Indian journal of veterinary science and animal husbandry - Volumes 15-17, 1948-1951
Year: 1948
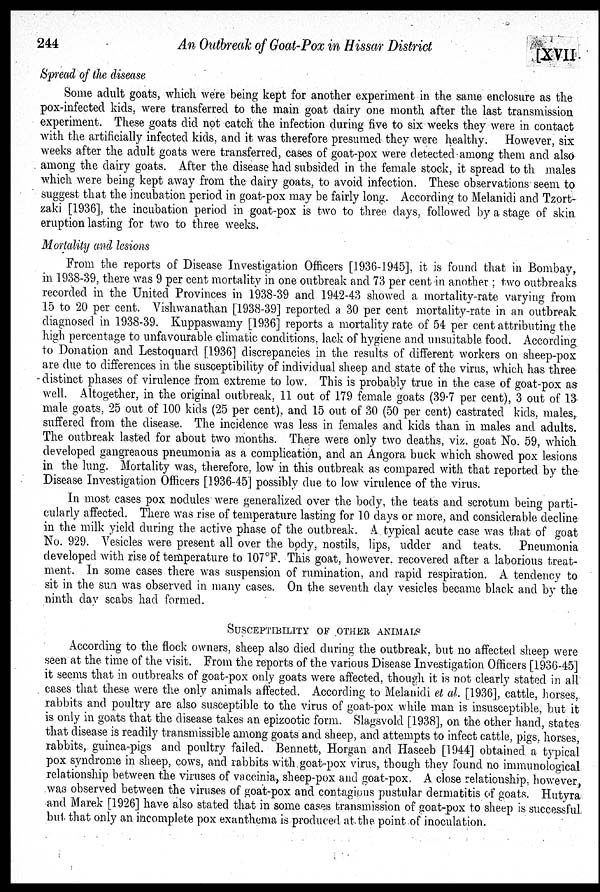
244
An Outbreak of Goat-Pox in Hissar District
[XVII
Spread of the disease
Some adult goats, which were being kept for another experiment in the same enclosure as the
pox-infected kids, were transferred to the main goat dairy one month after the last transmission
experiment. These goats did not catch the infection during five to six weeks they were in contact
with the artificially infected kids, and it was therefore presumed they were healthy. However, six
weeks after the adult goats were transferred, cases of goat-pox were detected among them and also
among the dairy goats. After the disease had subsided in the female stock, it spread to the males
which were being kept away from the dairy goats, to avoid infection. These observations seem to
suggest that the incubation period in goat-pox may be fairly long. According to Melanidi and Tzort-
zaki [1936], the incubation period in goat-pox is two to three days, followed by a stage of skin
eruption lasting for two to three weeks.
Mortality and lesions
From the reports of Disease Investigation Officers [1936-1945], it is found that in Bombay,
in 1938-39, there was 9 per cent mortality in one outbreak and 73 per cent in another ; two outbreaks
recorded in the United Provinces in 1938-39 and 1942-43 showed a mortality-rate varying from
15 to 20 per cent. Vishwanathan [1938-39] reported a 30 per cent mortality-rate in an outbreak
diagnosed in 1938-39. Kuppaswamy [1936] reports a mortality rate of 54 per cent attributing the
high percentage to unfavourable climatic conditions. lack of hygiene and unsuitable food. According
to Donation and Lestoquard [1936] discrepancies in the results of different workers on sheep-pox
are due to differences in the susceptibility of individual sheep and state of the virus, which has three
distinct phases of virulence from extreme to low. This is probably true in the case of goat-pox as
well. Altogether, in the original outbreak, 11 out of 179 female goats (39.7 per cent), 3 out of 13
male goats, 25 out of 100 kids (25 per cent), and 15 out of 30 (50 per cent) castrated kids, males,
suffered from the disease. The incidence was less in females and kids than in males and adults.
The outbreak lasted for about two months. There were only two deaths, viz. goat No. 59, which
developed gangreaous pneumonia as a complication, and an Angora buck which showed pox lesions
in the lung. Mortality was, therefore, low in this outbreak as compared with that reported by the
Disease Investigation Officers [1936-45] possibly due to low virulence of the virus.
In most cases pox nodules were generalized over the body, the teats and scrotum being parti-
cularly affected. There was rise of temperature lasting for 10 days or more, and considerable decline
in the milk yield during the active phase of the outbreak. A typical acute case was that of goat
No. 929. Vesicles were present all over the body, nostils, lips, udder and teats. Pneumonia
developed with rise of temperature to 107°F. This goat, however. recovered after a laborious treat-
ment. In some cases there was suspension of rumination, and rapid respiration. A tendency to
sit in the sun was observed in many cases. On the seventh day vesicles became black and by the
ninth day scabs had formed.
SUSCEPTIBILITY OF OTHER ANIMALS
According to the flock owners, sheep also died during the outbreak, but no affected sheep were
seen at the time of the visit. From the reports of the various Disease Investigation Officers [1936-45]
it seems that in outbreaks of goat-pox only goats were affected, though it is not clearly stated in all
cases that these were the only animals affected. According to Melanidi et al. [1936], cattle, horses,
rabbits and poultry are also susceptible to the virus of goat-pox while man is insusceptible, but it
is only in goats that the disease takes an epizootic form. Slagsvold [1938], on the other hand, states
that disease is readily transmissible among goats and sheep, and attempts to infect cattle, pigs, horses,
rabbits, guinea-pigs and poultry failed. Bennett, Horgan and Haseeb [1944] obtained a typical
pox syndrome in sheep, cows, and rabbits with goat-pox virus, though they found no immunological
relationship between the viruses of vaccinia, sheep-pox and goat-pox. A close relationship, however,
was observed between the viruses of goat-pox and contagious pustular dermatitis of goats. Hutyra
and Marek [1926] have also stated that in some cases transmission of goat-pox to sheep is successful
but that only an incomplete pox exanthema is produced at the point of inoculation.